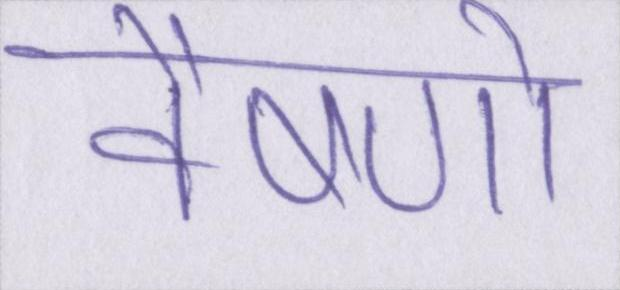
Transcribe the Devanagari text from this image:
वैष्णो